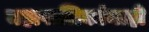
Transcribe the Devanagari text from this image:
महापालिकांनाही